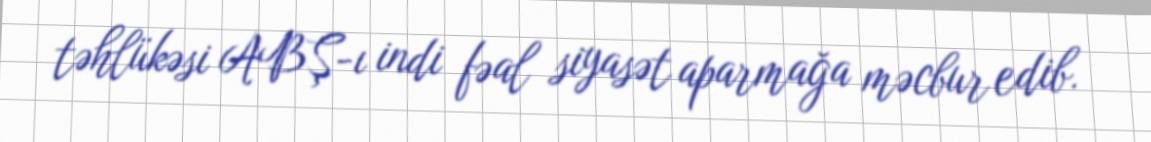
təhlükəsi ABŞ-ı indi fəal siyasət aparmağa məcbur edib.